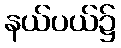
နယ်ပယ်၌